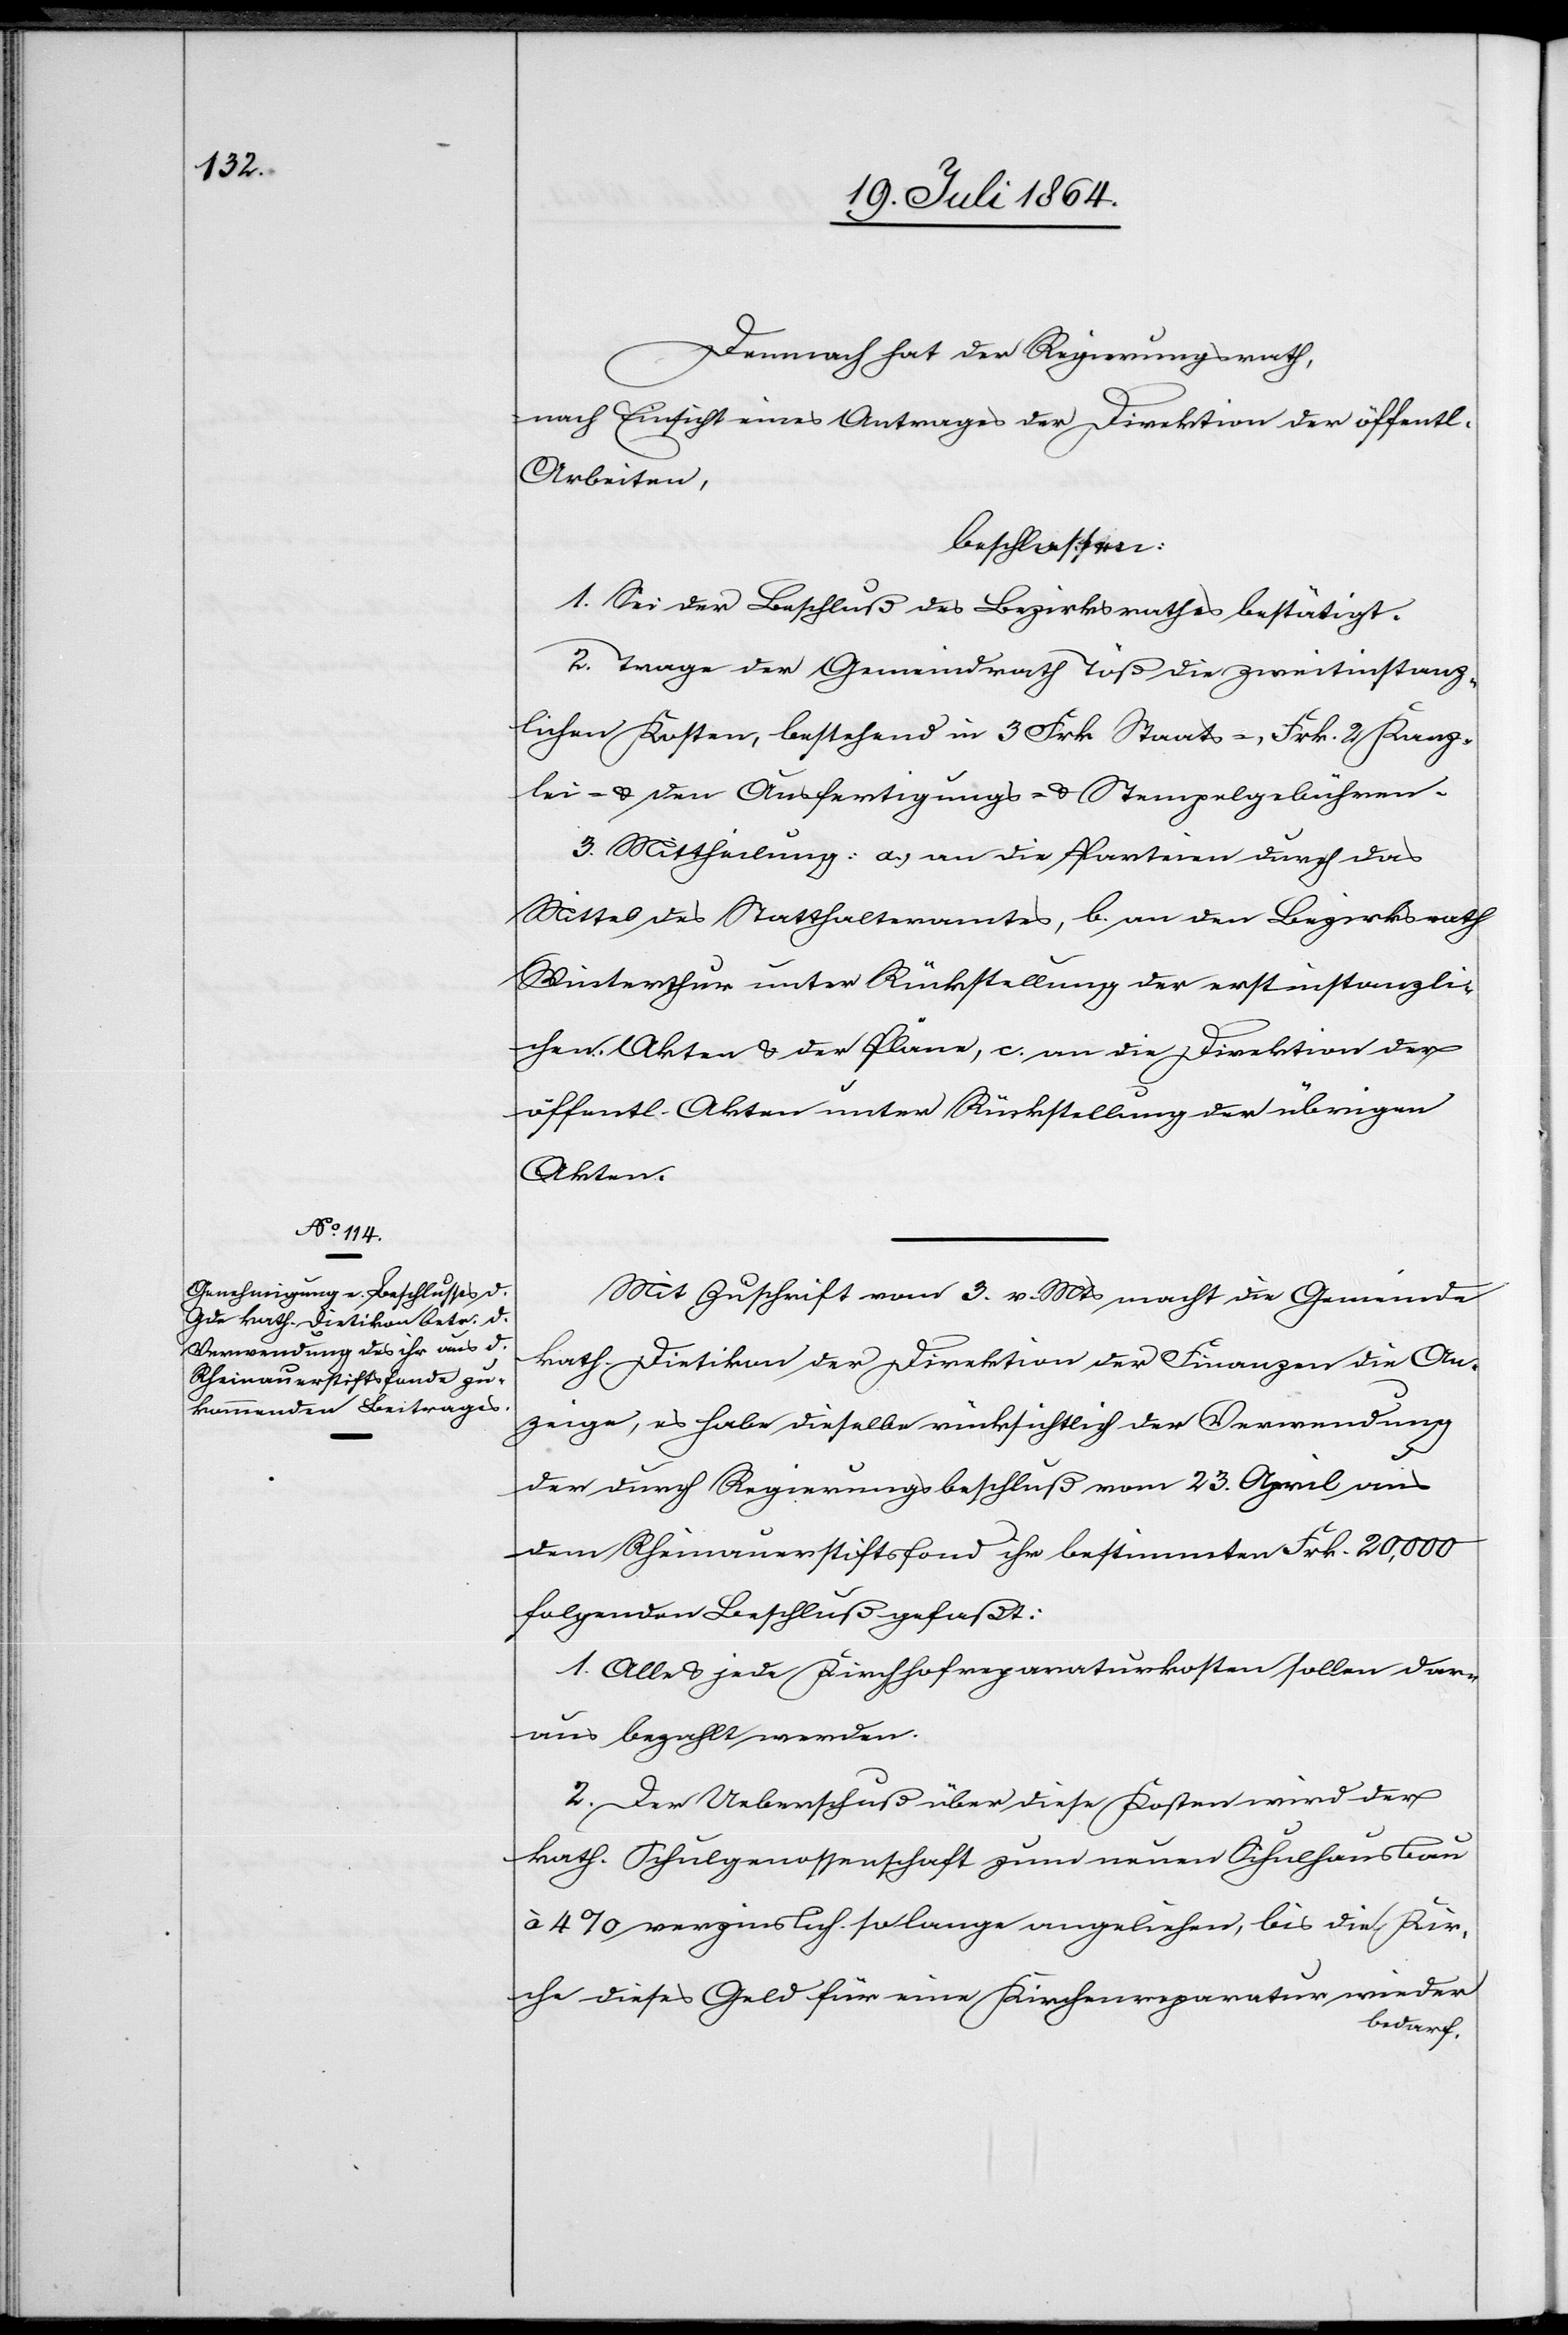
Demnach hat der Regierungsrath,
nach Einsicht eines Antrages der Direktion der öffentl.
Arbeiten]
beschlossen:
1. Sei der Beschluß des Bezirksrathes bestätigt.
2. Trage der Gemeindrath Töß die zweitinstanz¬
lichen Kosten, bestehend in 3 Frk Staats-, Frk. 2 Kanz¬
lei- u. den Ausfertigungs- u. Stempelgebühren.
3. Mittheilung: a.) an die Parteien durch das
Mittel des Statthalteramtes, b.) an den Bezirksrath
Winterthur unter Rückstellung der erstinstanzli¬
chen Akten u. der Pläne, c.) an die Direktion der
Akten.
Mit Zuschrift vom 3. v. Mts. macht die Gemeinde
kath. Dietikon der Direktion der Finanzen die An¬
zeige, es habe dieselbe rücksichtlich der Verwendung
der durch Regierungsbeschluß vom 23. April aus
dem Rheinauerstiftsfond ihr bestimmten Frk. 20,000
folgenden Beschluß gefaßt:
1. Alle u. jede Kirchhofreparaturkosten sollen dar¬
aus bezahlt werden.
2. Der Ueberschuß über diese Kosten wird der
kath. Schulgenossenschaft zum neuen Schulhausbau
à 4% verzinslich so lange angeliehen, bis die Kir¬
che dieses Geld für eine Kirchenreparatur wieder
bedarf.